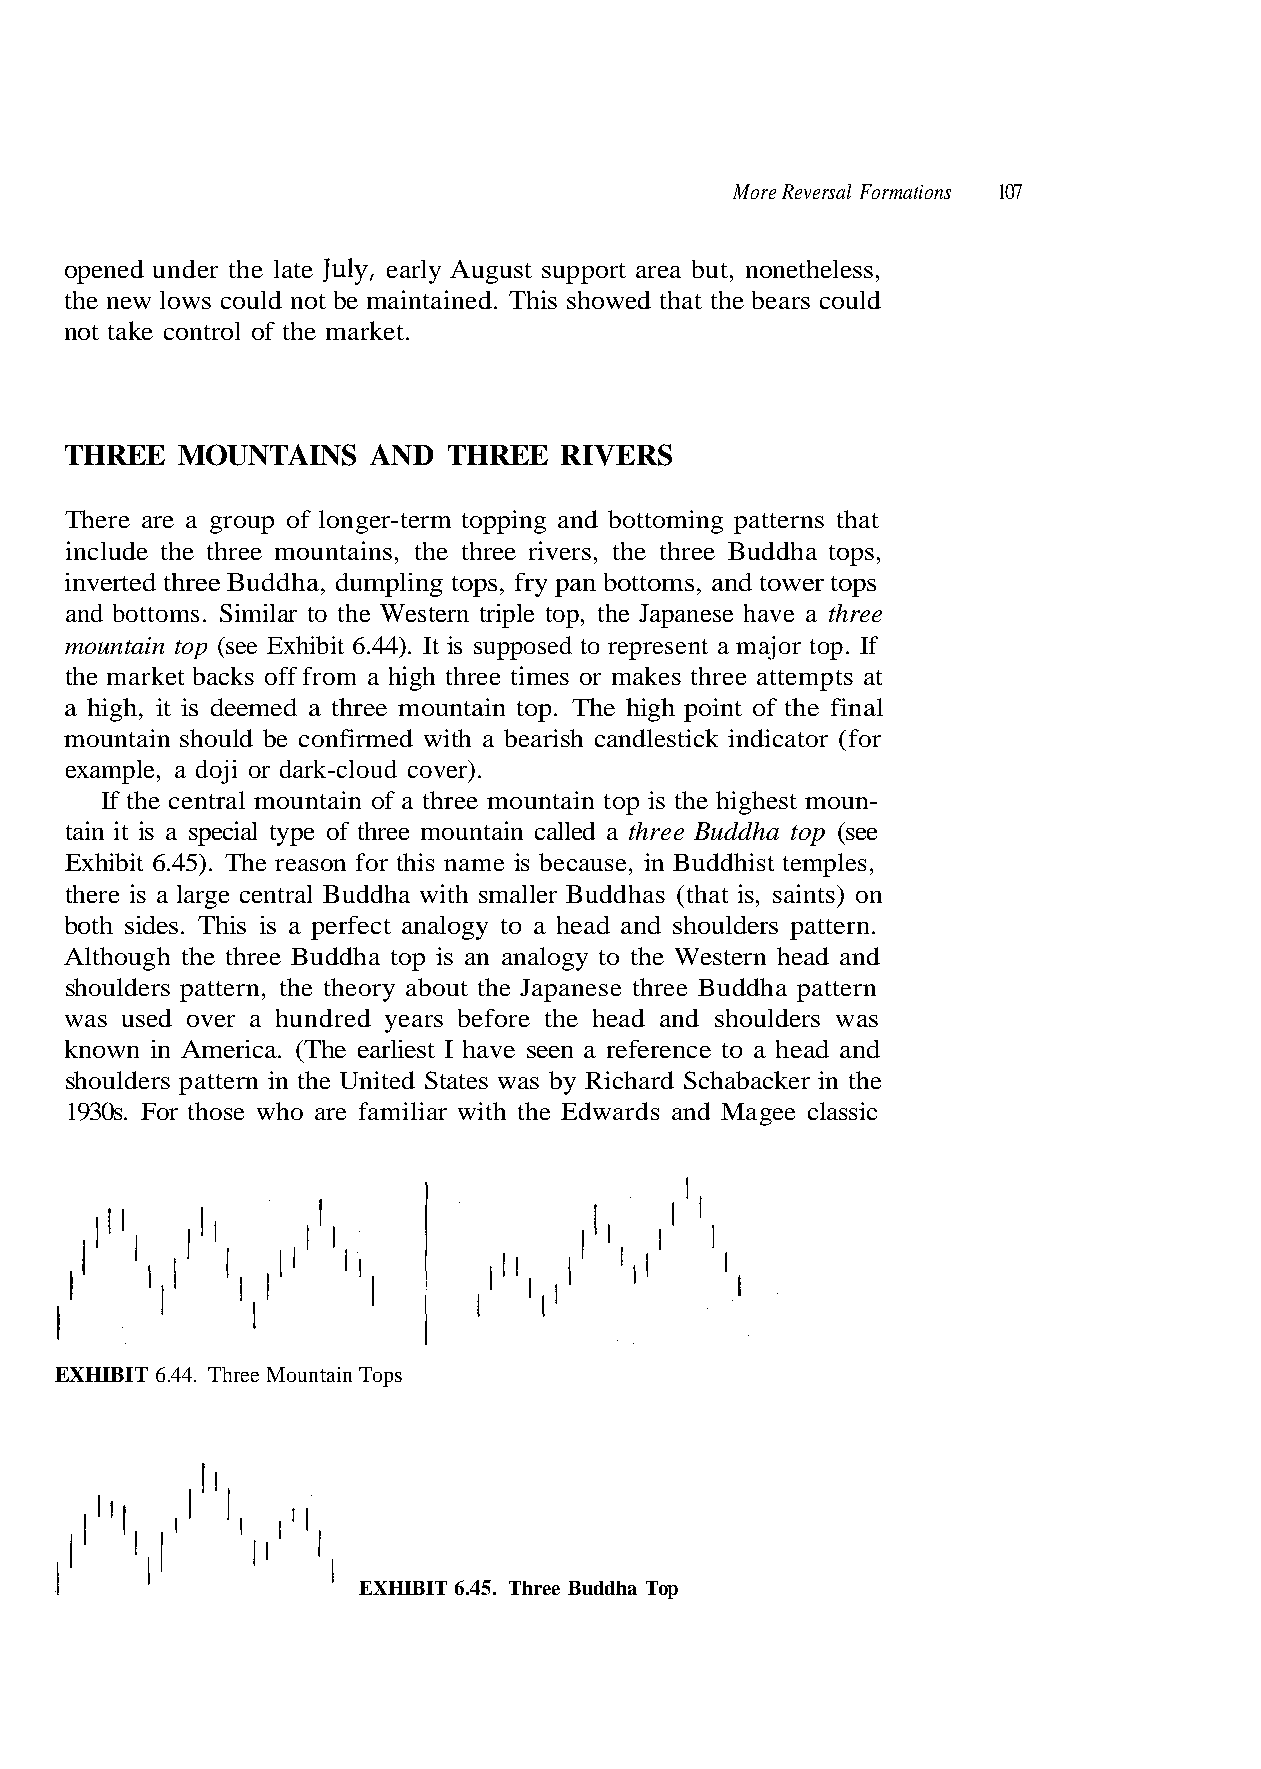
opened under the late July, early August support area but, nonetheless,
 the new lows could not be maintained. This showed that the bears could
 not take control of the market.
 THREE   MOUNTAINS    AND  THREE  RIVERS
 There are a group of longer-term topping and bottoming patterns that
 include the three mountains, the three rivers, the three Buddha tops,
 and bottoms. Similar to the Western triple top, the Japanese have a three
 mountain top (see Exhibit 6.44). It is supposed to represent a major top. If
 the market backs off from a high three times or makes three attempts at
 a high, it is deemed a three mountain top. The high point of the final
 example, a doji or dark-cloud cover).
 there is a large central Buddha with smaller Buddhas (that is, saints) on
 both sides. This is a perfect analogy to a head and shoulders pattern.
 Although the three Buddha top is an analogy to the Western head and
 known in America. (The earliest I have seen a reference to a head and
 shoulders pattern in the United States was by Richard Schabacker in the
 1930s. For those who are familiar with the Edwards and Ma gee classic
 EXHIBIT 6.44. Three Mountain Tops
 EXHIBIT 6.45. Three Buddha Top
 r o f ( r o t a c i d n i k c i t s e l d n a c h
 , s
 s
 e l
 i
 p
 r
 m
 a
 - n
 e
 e
 u
 t
 b
 o
 st
 m
 i h
 a
 d
 s
 est
 ud
 wa
 d tower tops
 ed with
 is the high
 ause, in B
 d shoulders
 an
 m
 p
 ec
 an
 oms,
 ir
 n to
 is b
 ead
 tt
 f
 ai
 e
 h
 n bo
 on
 unt
 am
 the
 pa
 c
 o
 n
 e
 s, fry
 be
 ee m
 this
 befor
 mpling top
 ould
 of a thr
 ason for
 ed years
 inverted three Buddha, du
 mountain sh
 the central mountain
 tain it is a special type of three mountain called a three Buddha top (see
 Exhibit 6.45). The re
 shoulders pattern, the theory about the Japanese three Buddha pattern
 was used over a hundr
 f I
 107 More Reversal Formations